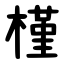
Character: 槿